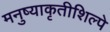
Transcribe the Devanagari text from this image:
मनुष्याकृतीशिल्पे